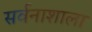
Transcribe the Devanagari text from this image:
सर्वनाशाला